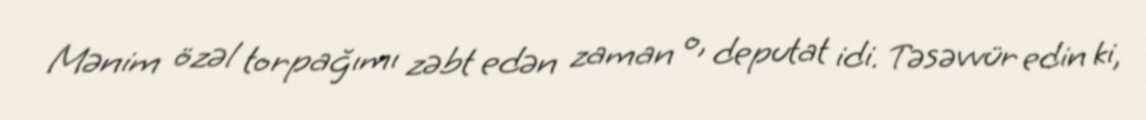
Mənim özəl torpağımı zəbt edən zaman o, deputat idi. Təsəvvür edin ki,